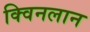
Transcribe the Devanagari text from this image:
क्विनलान